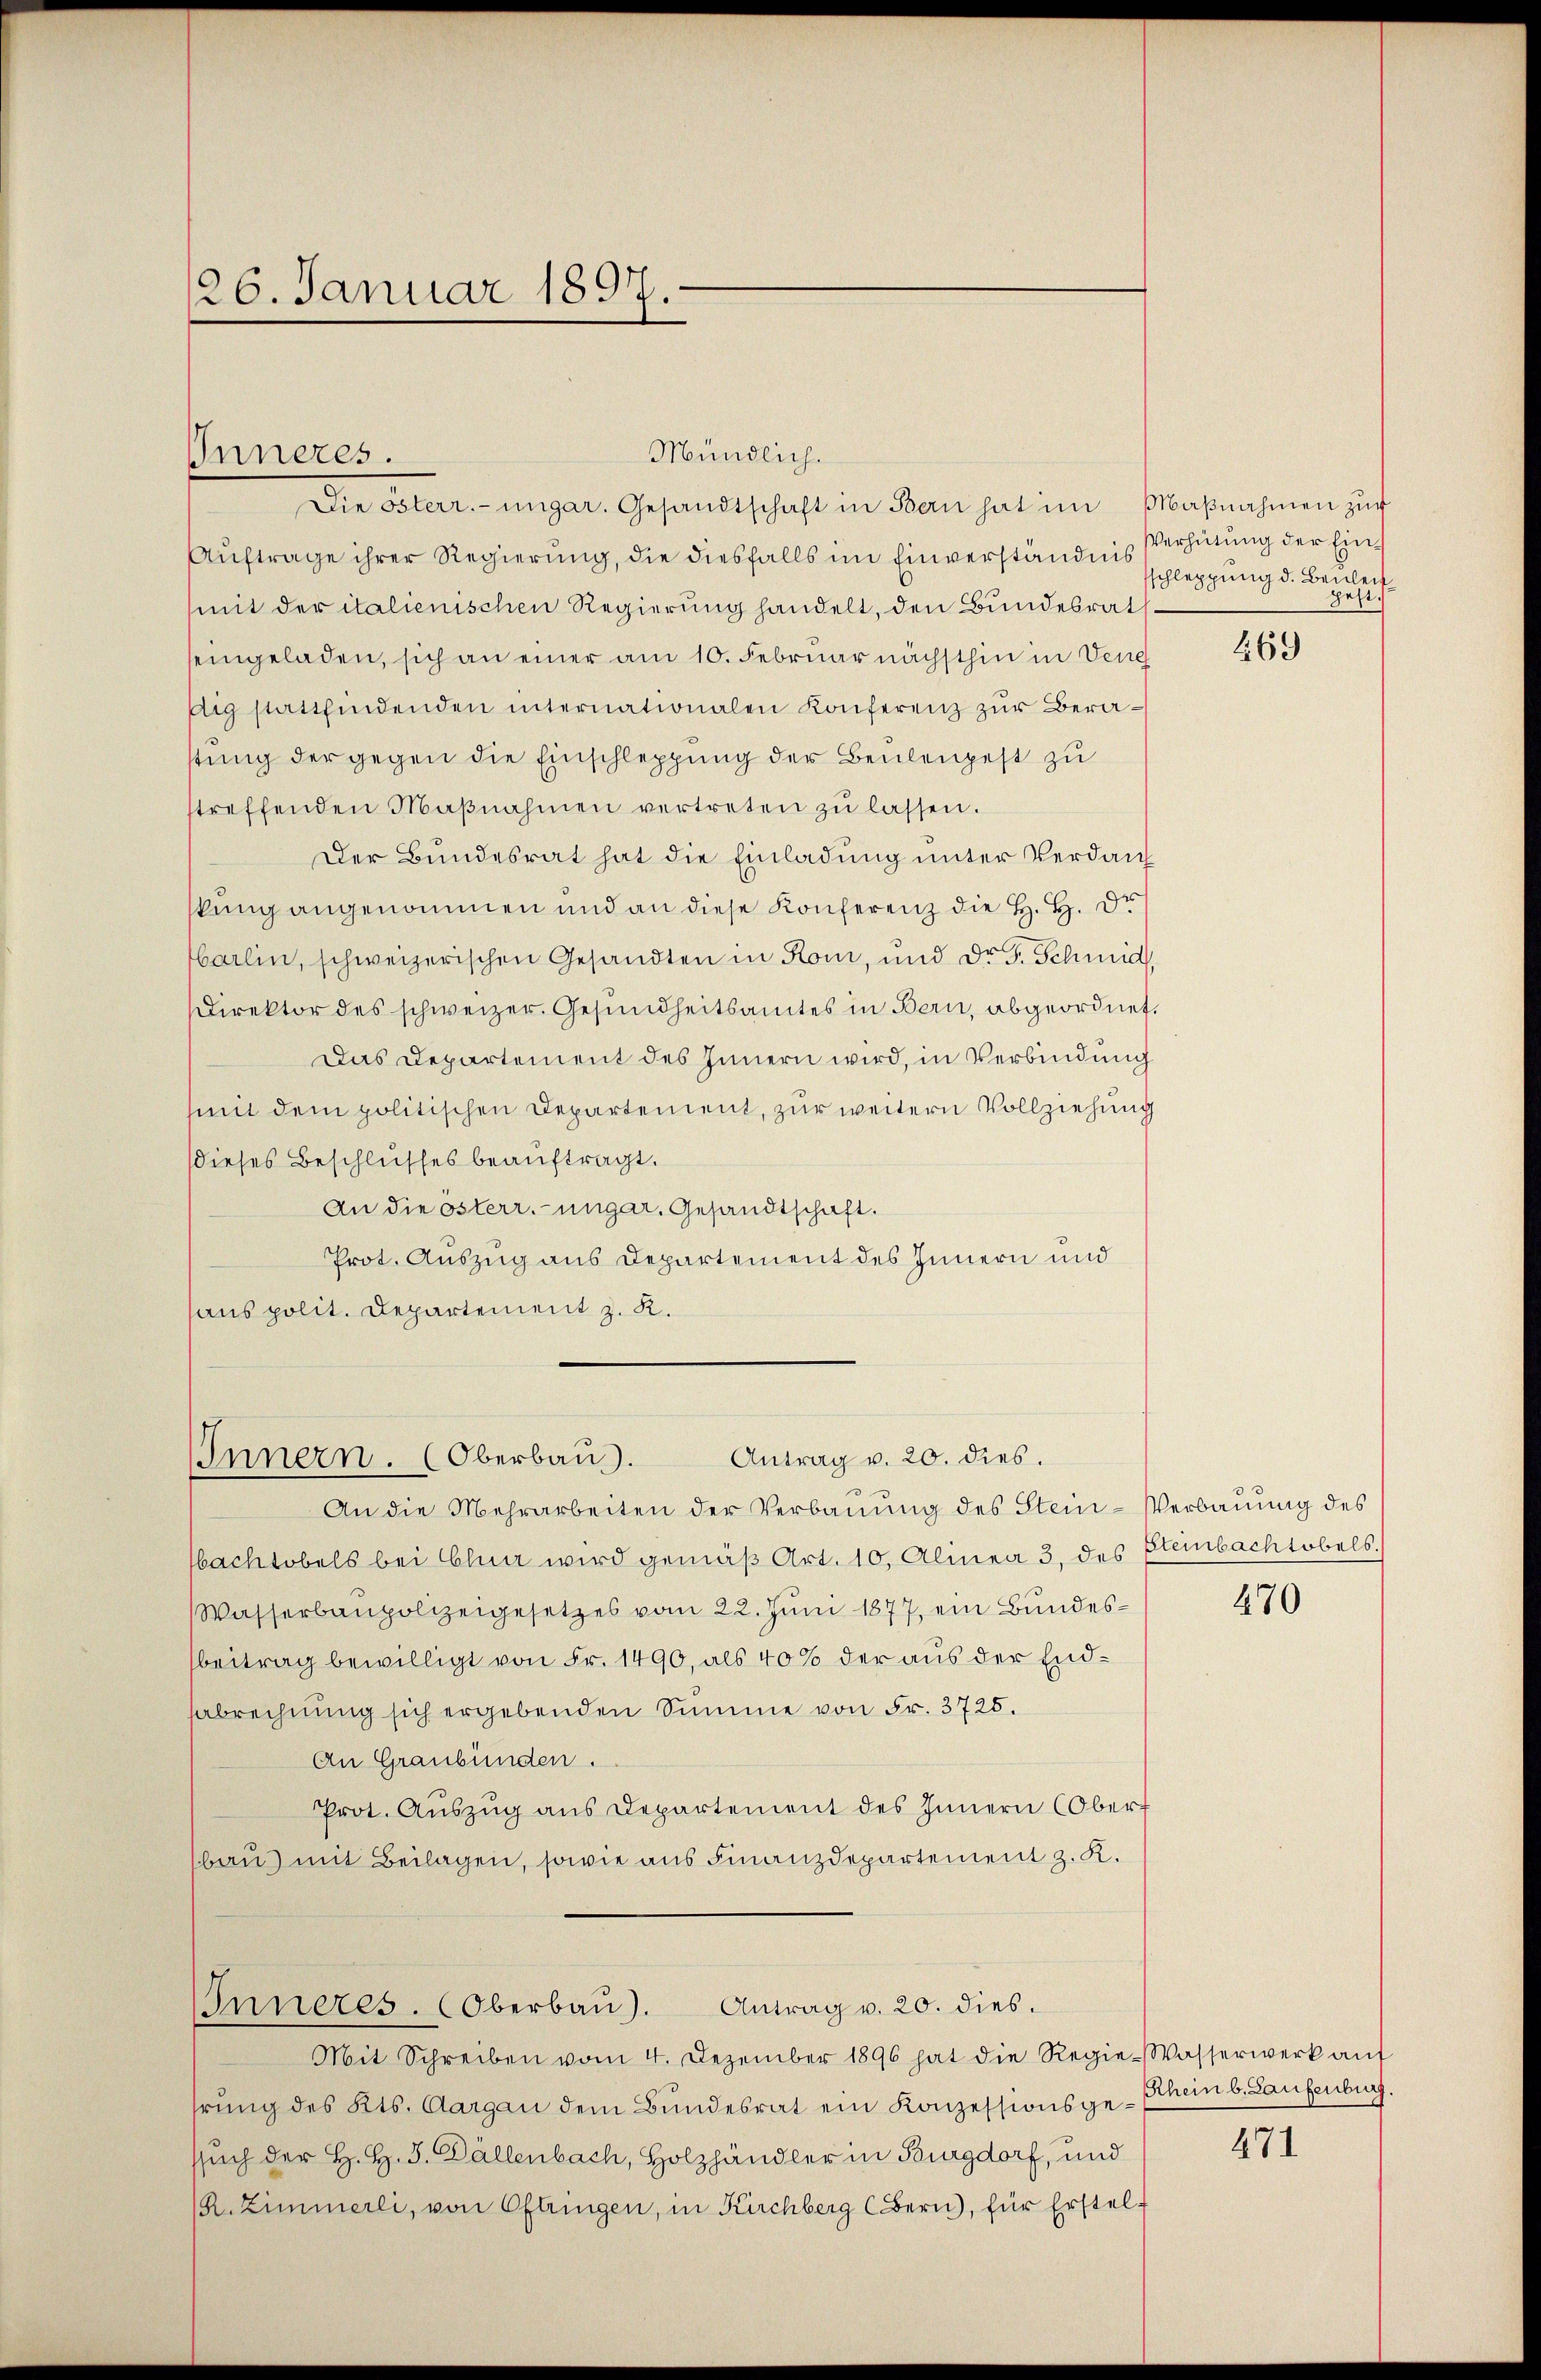
26. Januar 1897.

Mündlich.
Die österr.-ungar. Gesandtschaft in Bern hat im Maβnahmen zŭr
Auftrage ihrer Regierung, die diesfalls im Einverständnis Verhütung der Ein¬
(mit der italienischen Regierung handelt, den Bundesrat
seingeladen, sich an einer am 10. Februar nächsthin in Vene
dig stattfindenden internationalen Konferenz zur Berastung der gegen die Einschleppung der Beulenpest zu
streffenden Maβnahmen vertreten zŭ lassen.
Der Bundesrat hat die Einladung unter Verdank
kung angenommen und an diese Konferenz die H. H. Du
barlin, schweizerischen Gesandten in Rom, und Dr. G. Schmid
Direktor des schweizer. Gesundheitsamtes in Bern, abgeordnet,
Das Departement des Innern wird, in Verbindung
mit dem politischen Departement, zur weitern Vollziehung
Dieses Beschlusses beauftragt.
An die österr.-ungar. Gesandtschaft.
Prot. Auszug aus Departement des Innern und
haus polit. Departement z. K.
Antrag v. 20. dies.
IInnern. (Oberbau.
An die Mehrarbeiten der Verbauung des Stein- Verbauung des
Nachtobels bei Chia wird gemäß Art. 10, Alinea 3 des Elembachtobels.
Wasserbaupolizeigesetzes vom 22. Juni 1877, ein Bundesbeitrag bewilligt von Fr. 1490, als 40% der aus der Endsabrechnung sich ergebenden Summe von Fr. 3725.
An Graubünden.
Prot. Aŭszŭg ans Departement des Innern (Oberf
bau) mit Beilagen, sowie aus Finanzdepartement z. R.
Antrag v. 20. dies.
Inneres. Oberbau).
Mit Schreiben vom 4. Dezember 1896 hat die Regie-Wasserwerk auf
hrung des Kts. Aargau dem Bundesrat ein Konzessionsgessuch der H. H. J. Dällenbach, Holzhändler in Burgdorf, und
R. Zimmerli, von Oftringen, in Kirchberg (Bern), für Erstel-

Inneres.

sschleppung d. Beweis
pest.

469

470

Rhein b. Laufenburg

471